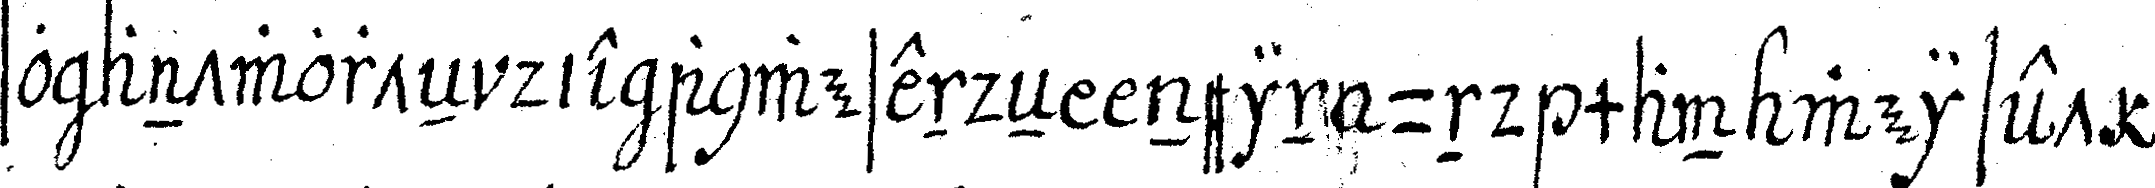
so antworteN die anwesendeN nein und man weiset